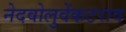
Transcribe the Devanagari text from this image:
नेदवोलुवेंकटराव